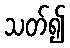
သတ်၍